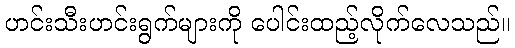
ဟင်းသီးဟင်းရွက်များကို ပေါင်းထည့်လိုက်လေသည်။